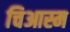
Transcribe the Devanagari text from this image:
चिआस्म